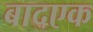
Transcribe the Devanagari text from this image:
बादएक